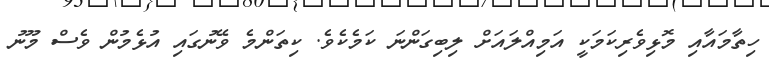
ހިތާމައާއި މޮޅިވެރިކަމަކީ އަމިއްލައަށް ލިބިގަންނަ ކަމެކެވެ. ކިތަންމެ ވޭނުގައި އުޅެމުން ވެސް މޫނު